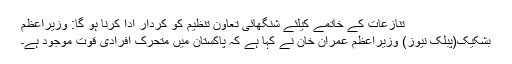
تنازعات کے خاتمے کیلئے شنگھائی تعاون تنظیم کو کردار ادا کرنا ہو گا: وزیراعظم
بشکیک(پبلک نیوز) وزیراعظم عمران خان نے کہا ہے کہ پاکستان میں متحرک افرادی قوت موجود ہے۔